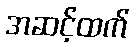
အဆင့်ထက်